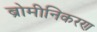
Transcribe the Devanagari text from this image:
ब्रोमीनिकरण